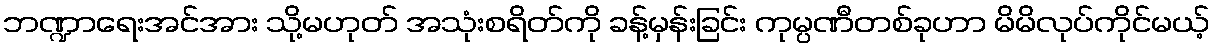
ဘဏ္ဍာရေးအင်အား သို့မဟုတ် အသုံးစရိတ်ကို ခန့်မှန်းခြင်း ကုမ္ပဏီတစ်ခုဟာ မိမိလုပ်ကိုင်မယ့်